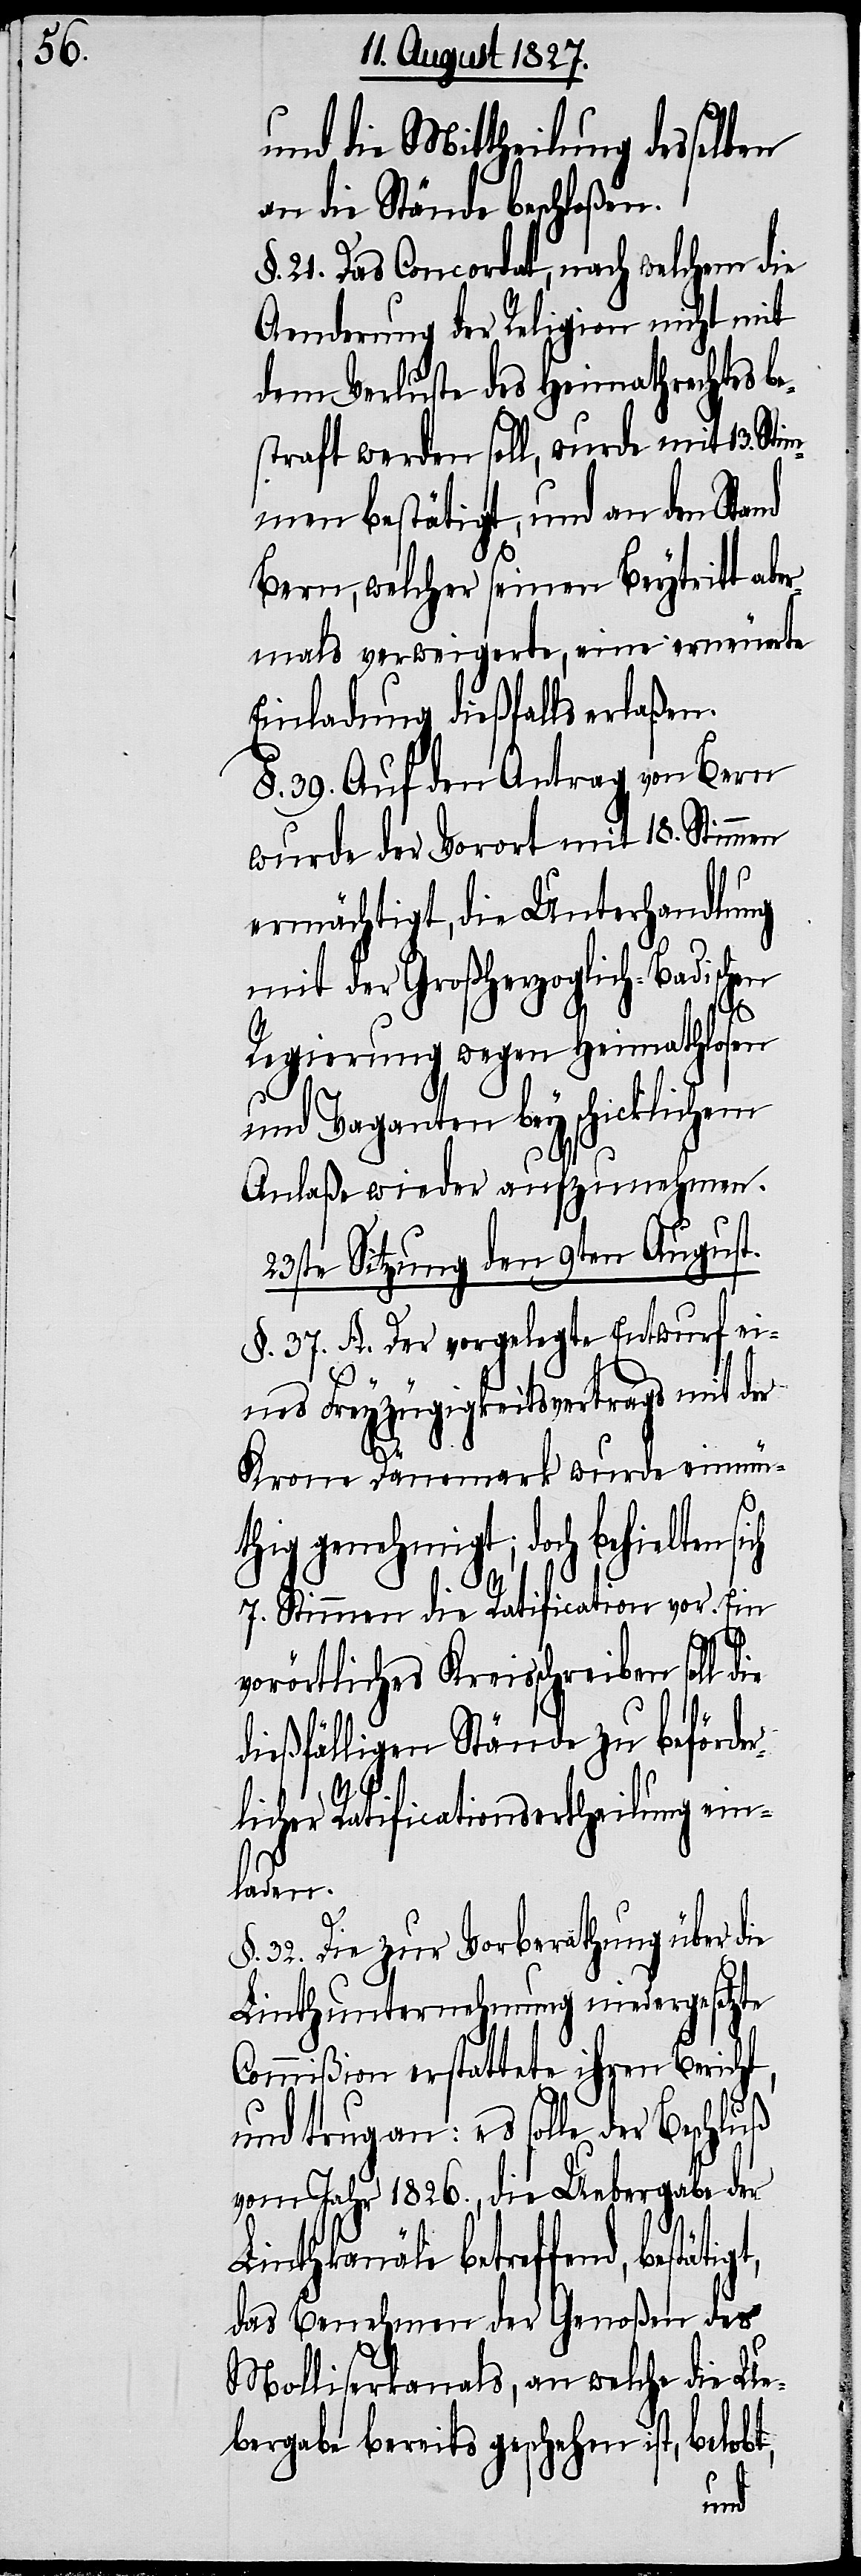
und die Mittheilung desselben
an die Stände beschloßen.
§. 21. Das Concordat, nach welchem die
Aenderung der Religion nicht mit
dem Verluste des Heimathrechtes be¬
straft werden soll, wurde mit 13. Sti¬
mmen bestätigt, und an den Stand
Bern, welcher seinen Beytritt abe¬
rmals verweigerte, eine erneuerte
Einladung dießfalls erlaßen.
§. 39. Auf den Antrag von Bern
wurde der Vorort mit 18. Stimmen
ermächtigt, die Unterhandlung
mit der Großherzoglich-Badischen
Regierung wegen Heimathlosen
und Vaganten bey schicklichem
Anlaße wieder aufzunehmen.
23ste Sitzung den 9ten August.
§. 37. A. Der vorgelegte Entwurf ei¬
nes Freyzügigkeitsvertrags mit der
t,
Krone Dänemark wurde einmü¬
thig genehmigt; doch behielten si¬
7. Stimmen die Ratification vor. Ein
vorörtliches Kreisschreiben soll die
dießfälligen Stände zu beförde¬
tigt,
rlicher Ratificationsertheilung ein¬
laden.
32. Die zur Vorberathung über die
Linthunternehmung niedergesetzte
Commißion erstattete ihren Bericht,
und trug an: es solle der Beschluß
vom Jahr 1826., die Uebergabe der
Linthkanäle betreffend, bestä¬
das Benehmen der Genoßen des
Molliserkanals, an welche die Ue¬
bergabe bereits geschehen ist, belob¬